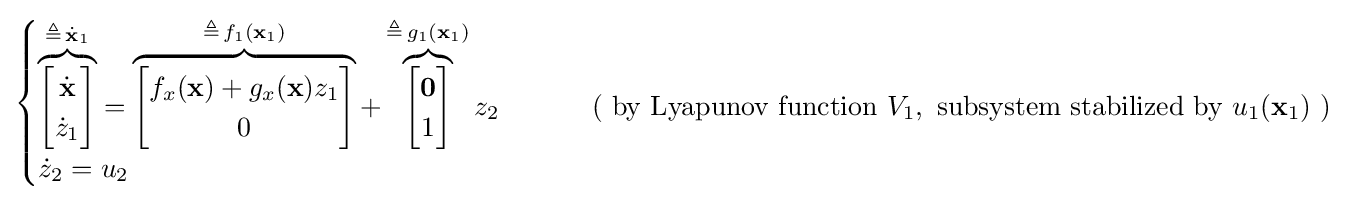
{\begin{cases}\overbrace {\begin{bmatrix}{\dot {\mathbf {x} }}\\{\dot {z}}_{1}\end{bmatrix}} ^{\triangleq \,{\dot {\mathbf {x} }}_{1}}=\overbrace {\begin{bmatrix}f_{x}(\mathbf {x} )+g_{x}(\mathbf {x} )z_{1}\\0\end{bmatrix}} ^{\triangleq \,f_{1}(\mathbf {x} _{1})}+\overbrace {\begin{bmatrix}\mathbf {0} \\1\end{bmatrix}} ^{\triangleq \,g_{1}(\mathbf {x} _{1})}z_{2}&\qquad {\text{ ( by Lyapunov function }}V_{1},{\text{ subsystem stabilized by }}u_{1}({\textbf {x}}_{1}){\text{ )}}\\{\dot {z}}_{2}=u_{2}\end{cases}}